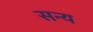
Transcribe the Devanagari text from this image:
सन्य